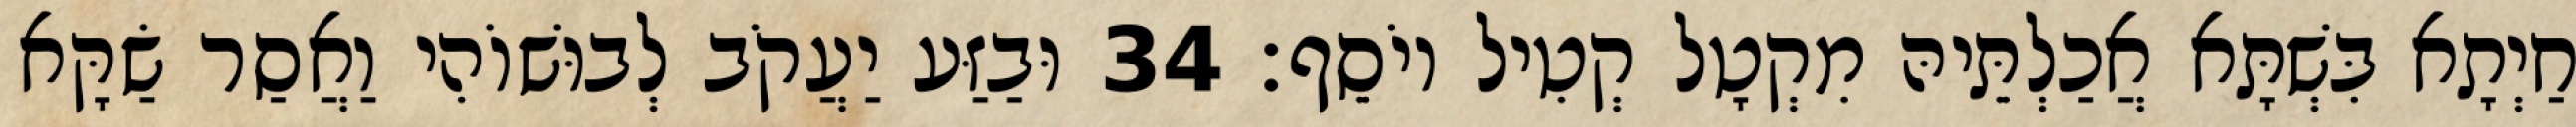
חַיְתָא בִּשְׁתָּא אֲכַלְתֵּיהּ מִקְטָל קְטִיל יוֹסֵף׃ 34 וּבַזַּע יַעֲקֹב לְבוּשׁוֹהִי וַאֲסַר שַׂקָּא